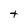
Character: t